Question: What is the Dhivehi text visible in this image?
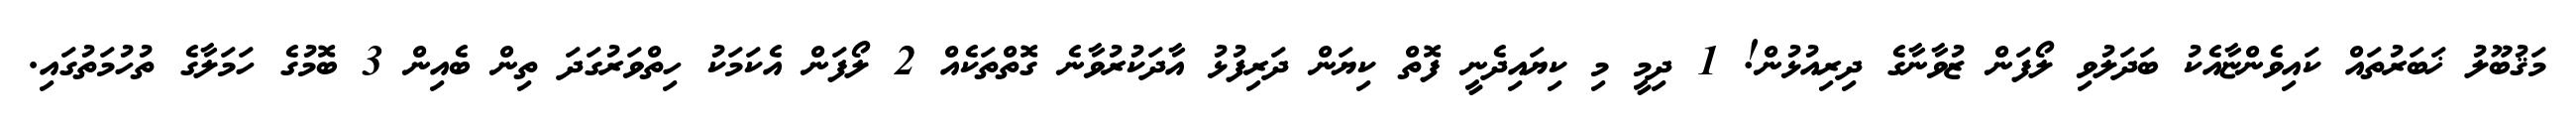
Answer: މަޤުބޫލު ޚަބަރުތައް ކައިވެންޏާއެކު ބަދަލުވި ލޯފަން ޒުވާނާގެ ދިރިއުޅުން! 1 ދިމީ މި ކިޔައިދެނީ ފޮތް ކިޔަން ދަރިފުޅު އާދަކުރުވާނެ ގޮތްތަކެއް 2 ލޯފަން އެކަމަކު ހިތްވަރުގަދަ ތިން ބެއިން 3 ބޮމުގެ ހަމަލާގެ ތުހުމަތުގައި.